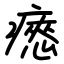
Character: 瘱